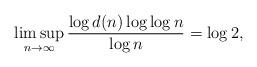
LaTeX: \begin{align*}\limsup_{n \rightarrow \infty} \frac{\log d(n) \log \log n}{\log n}=\log 2, \end{align*}